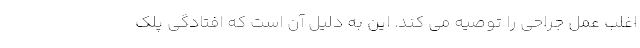
اغلب عمل جراحی را توصیه می کند. این به دلیل آن است که افتادگی پلک